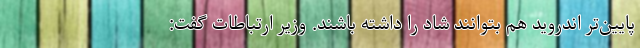
پایین‌تر اندروید هم بتوانند شاد را داشته باشند. وزیر ارتباطات گفت: